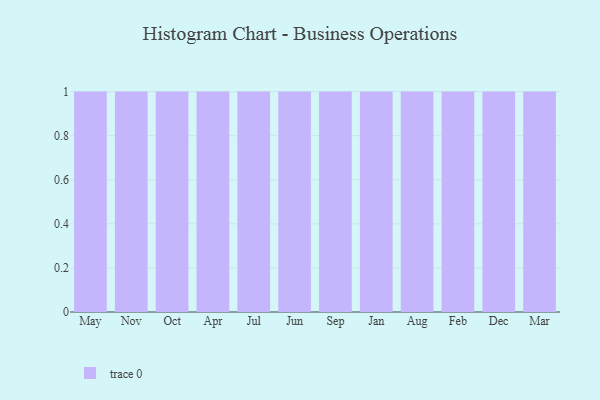
{"axis": {"x": "Month", "y": "Conversion Rate (%)"}, "legend": [""], "data": [{"x": "May", "y": 55, "type": ""}, {"x": "Nov", "y": 91, "type": ""}, {"x": "Oct", "y": 17, "type": ""}, {"x": "Apr", "y": 28, "type": ""}, {"x": "Jul", "y": 29, "type": ""}, {"x": "Jun", "y": 86, "type": ""}, {"x": "Sep", "y": 65, "type": ""}, {"x": "Jan", "y": 24, "type": ""}, {"x": "Aug", "y": 73, "type": ""}, {"x": "Feb", "y": 58, "type": ""}, {"x": "Dec", "y": 1, "type": ""}, {"x": "Mar", "y": 22, "type": ""}]}